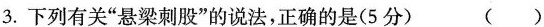
3.下列有关”悬梁刺股”的说法，正确的是(5分) ( )